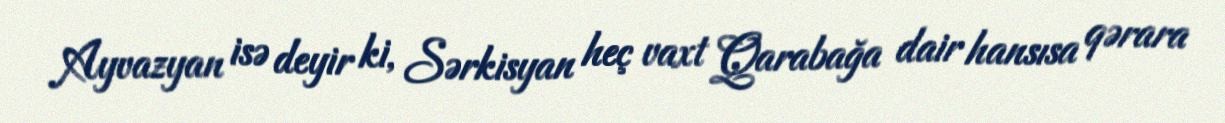
Ayvazyan isə deyir ki, Sərkisyan heç vaxt Qarabağa dair hansısa qərara